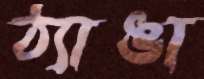
ঠ্যাঙা